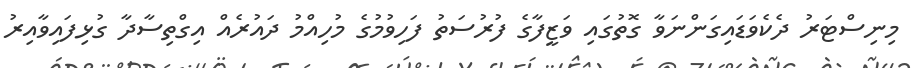
މިނިސްޓަރު ދެކެވަޑައިގަންނަވާ ގޮތުގައި ވަޒީފާގެ ފުރުސަތު ފަހިވުމުގެ މުހިއްމު ދައުރެއް އިގްތިސާދާ ގުޅިފައިވާއިރު